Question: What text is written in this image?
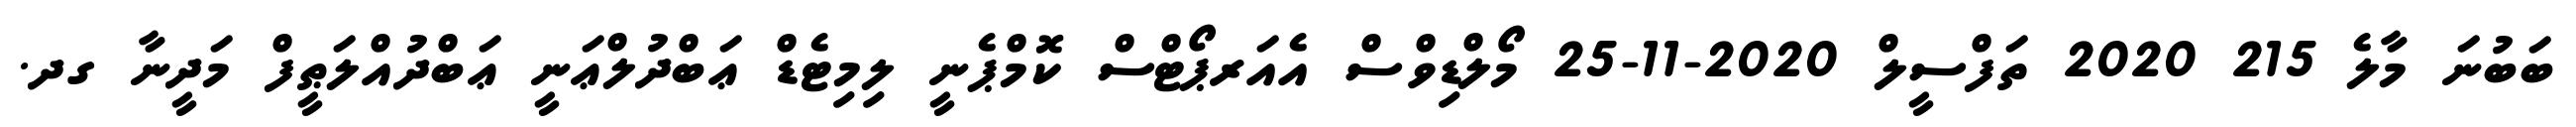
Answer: ބަބުނަ މާލެ 215 2020 ތަފްސީލް 2020-11-25 މޯލްޑިވްސް އެއަރޕޯޓްސް ކޮމްޕެނީ ލިމިޓެޑް ޢަބްދުލްޢަނީ ޢަބްދުއްލަޠީފް މަދީނާ ގދ.